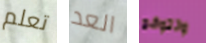
تعلم العد وتتوقع